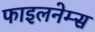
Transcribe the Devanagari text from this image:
फाइलनेम्स